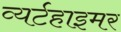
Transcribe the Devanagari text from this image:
व्यर्टहाइमर